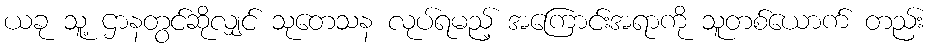
ယခု သူ့ ဌာနတွင်ဆိုလျှင် သုတေသန လုပ်ရမည့် အကြောင်းအရာကို သူတစ်ယောက် တည်း